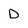
Character: D